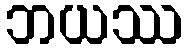
ဘယဿ